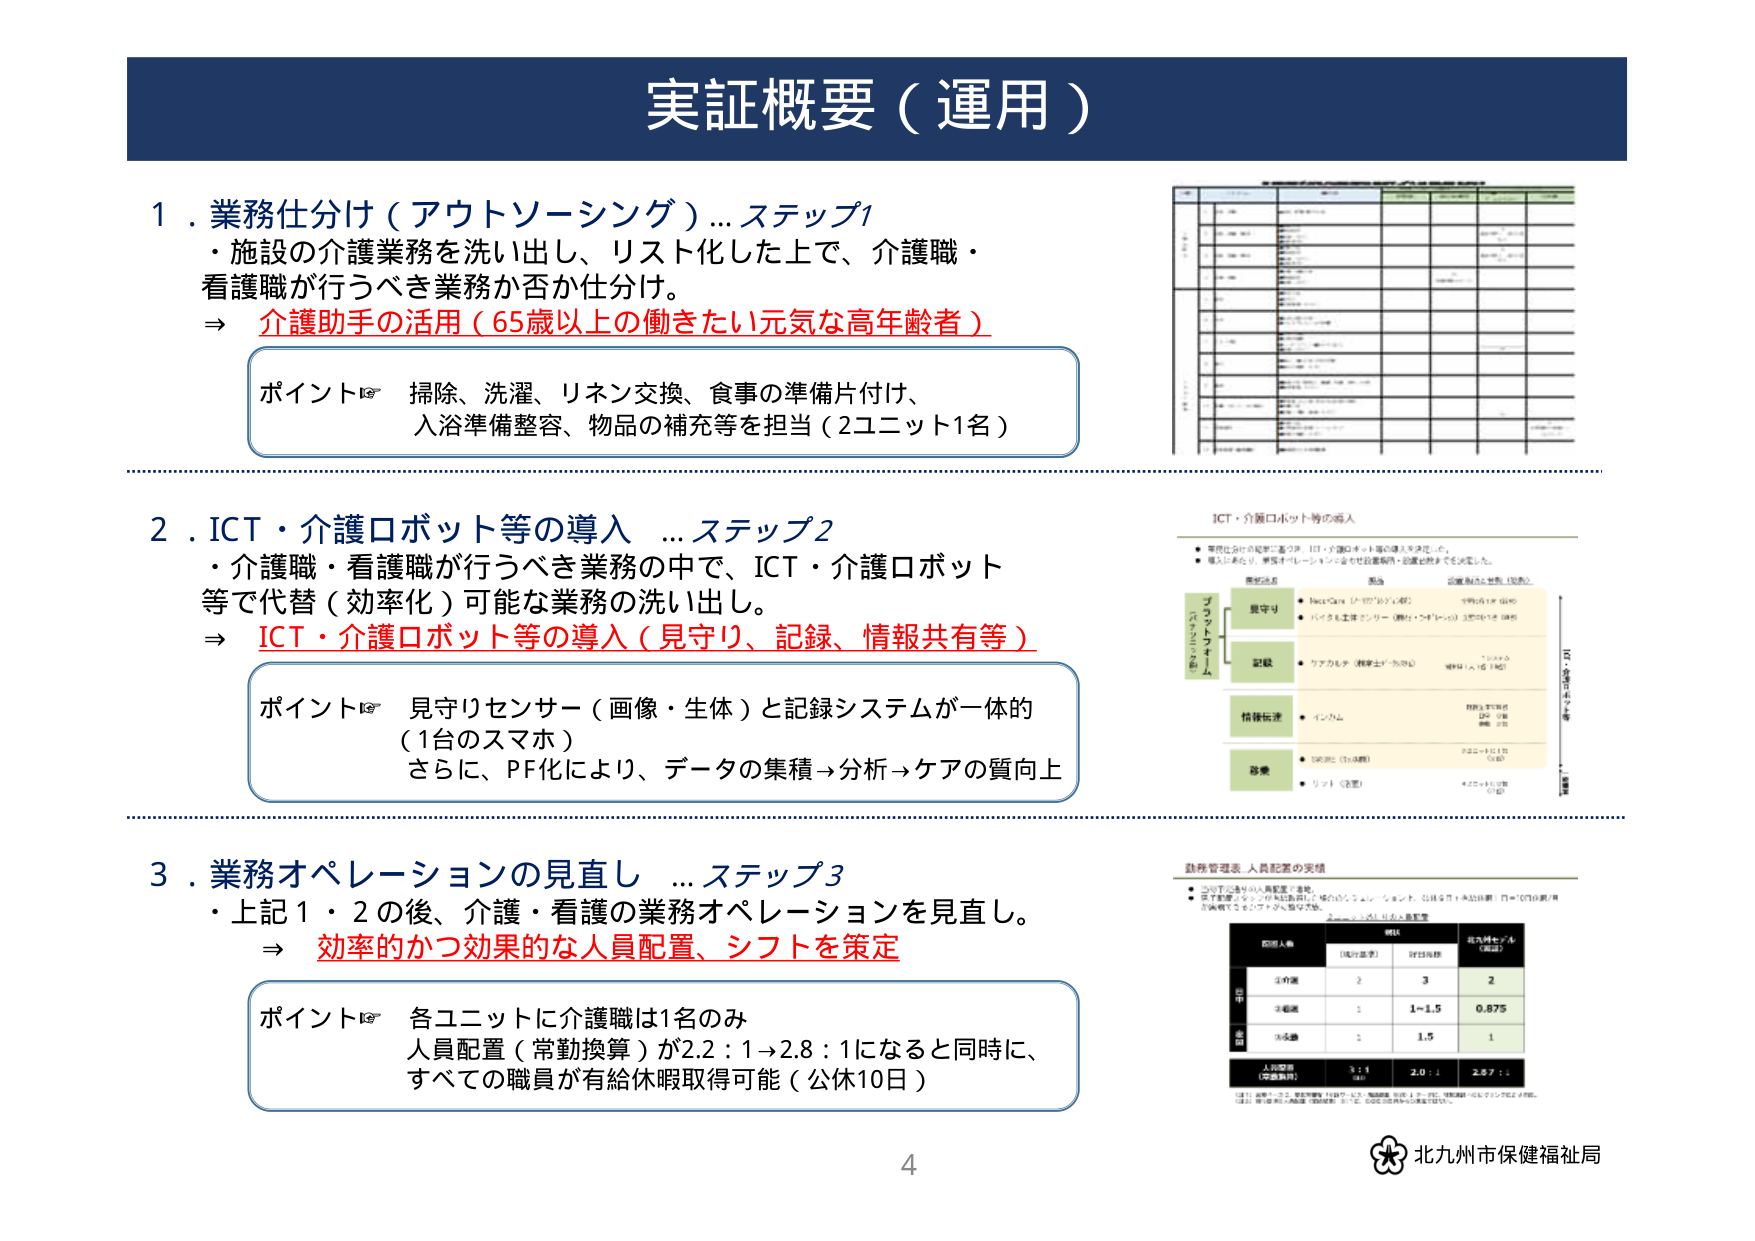
実証概要（運用）

1．業務仕分け（アウトソーシング）…ステップ1
・施設の介護業務を洗い出し、リスト化した上で、介護職・
看護職が行うべき業務か否か仕分け。
⇒ 介護助手の活用（65歳以上の働きたい元気な高年齢者）

ポイント☞ 掃除、洗濯、リネン交換、食事の準備片付け、
入浴準備整容、物品の補充等を担当（2ユニット1名）

2．ICT・介護ロボット等の導入 …ステップ2
・介護職・看護職が行うべき業務の中で、ICT・介護ロボット
等で代替（効率化）可能な業務の洗い出し。
⇒ ICT・介護ロボット等の導入（見守り、記録、情報共有等）

ポイント☞ 見守りセンサー（画像・生体）と記録システムが一体的
（1台のスマホ）
さらに、PF化により、データの集積→分析→ケアの質向上

3．業務オペレーションの見直し …ステップ3
・上記1・2の後、介護・看護の業務オペレーションを見直し。
⇒ 効率的かつ効果的な人員配置、シフトを策定

ポイント☞ 各ユニットに介護職は1名のみ
人員配置（常勤換算）が2.2：1→2.8：1になると同時に、
すべての職員が有給休暇取得可能（公休10日）

4

北九州市保健福祉局

（右側の図表およびテキストは以下のように確認可能）

ICT・介護ロボット等の導入
・業務仕分けの結果に基づき、ICT・介護ロボット等の導入を決定した。
・導入にあたり、事前オペレーションシミュレーションや社内研修・設置日程までを決定した。

業務分担
導入
設置済み・計画（30名）

見守り
・NexCare（ナックスケア）（4台）
・パルスモニターコンビ（脈拍・血中酸素）（3台）※1台（病院）

記録
・ケアカルテ（看護士・介護士）
・スマホ（1台）※1台（病院）

情報伝達
・インカム

診療
・SAR（3台）※3台（病院）
・リフト（2台）
・4ユニットに1台（1台）

業務管理表 人員配置の実績
・当該施設の人員配置を実績。
・常勤換算でユニットが3名配置に増加した。※1名増加（常勤換算）は、1名増加（常勤換算）に相当する。
・介護職が1名増加（常勤換算）した。

ユニット
配置人数
常勤換算
（現在基準）
評価指標
効率性インデックス
（算出）

日中
3名
2
3
2

夜間
3名
1
1～1.5
0.875

小夜
2名
1.5
1

人員配置
（常勤換算）
3：1
→2.2：1
2.0：1
2.8：1

※1：常勤換算は、1名＝常勤換算1.0、非常勤換算0.5（例：1名＝常勤換算0.5、2名＝常勤換算1.0）
※2：評価指標は、介護職（常勤換算）に対して、0.8以下は非効率と判定。